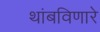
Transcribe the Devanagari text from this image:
थांबविणारे